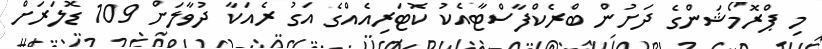
މި ޕްރޮމޯޝަންގެ ދަށުން ބްރެކްފާސްޓާއެކު ކޮޓަރިއެއްގެ އަގު ރެއަކާ ދުވާލަށް 109 ޑޮލަރަށް